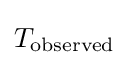
T_{\mathrm {observed} }